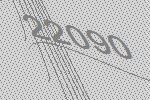
22090